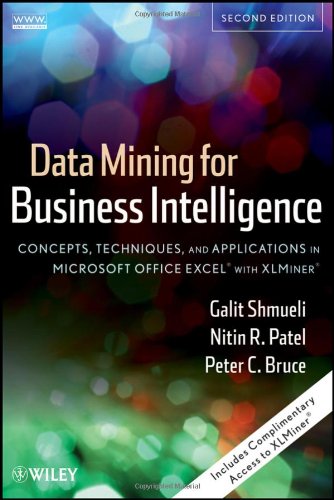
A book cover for Data Mining for Business Intelligence: Concepts, Techniques, and Applications in Microsoft Office Excel with XLMiner; Galit Shmueli; Computers & Technology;